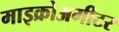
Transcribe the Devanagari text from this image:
माइक्रोअमीटर